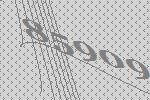
85909